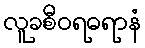
လူခစီဝရဓရာနံ